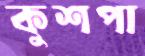
কুশপা